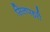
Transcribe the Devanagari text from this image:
सिलपहरी